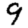
Digit: 9